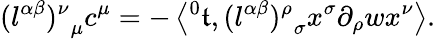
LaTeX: {(l^{\alpha\beta})^{\nu}}_{\mu}c^{\mu}=-\left\langle{^0\mathfrak{t}},{(l^{\alpha\beta})^{\rho}}_{\sigma}x^{\sigma}\partial_{\rho}wx^{\nu}\right\rangle.